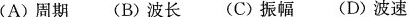
(A) 周期 (B) 波长 (C) 振幅 (D) 波速